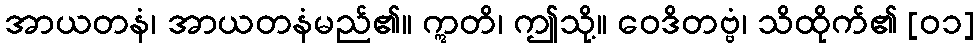
အာယတနံ၊ အာယတနံမည်၏။ ဣတိ၊ ဤသို့။ ဝေဒိတဗ္ဗံ၊ သိထိုက်၏ [၀၁]